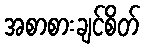
အစာစားချင်စိတ်